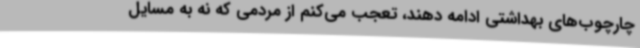
چارچوب‌های بهداشتی ادامه دهند، تعجب می‌کنم از مردمی که نه به مسایل